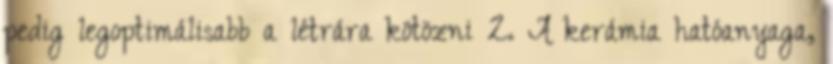
pedig legoptimálisabb a létrára kötözni 2. A kerámia hatóanyaga,